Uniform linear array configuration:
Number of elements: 48
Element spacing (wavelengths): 1
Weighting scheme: exponential
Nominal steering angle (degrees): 30
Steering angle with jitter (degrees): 30.416
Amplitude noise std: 0.05
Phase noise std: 0.05

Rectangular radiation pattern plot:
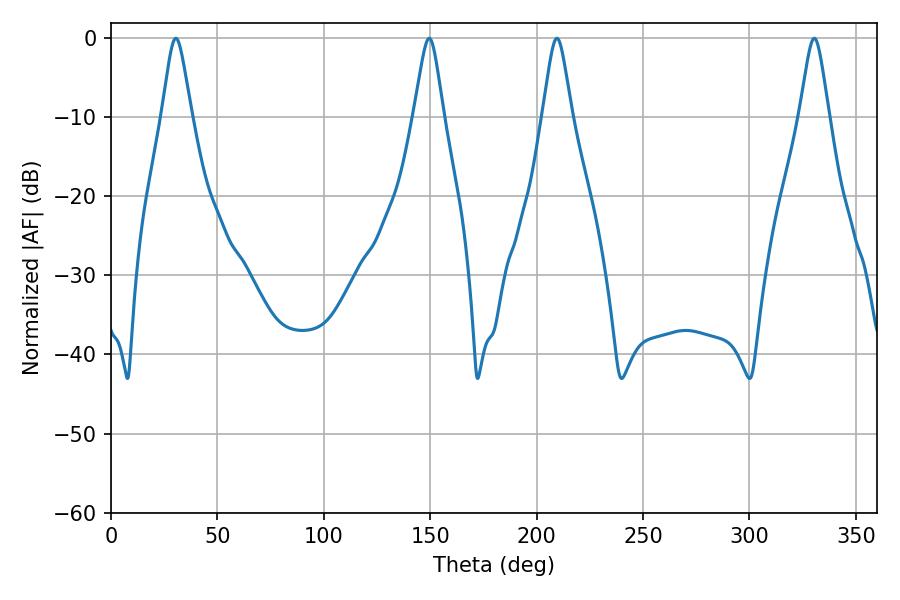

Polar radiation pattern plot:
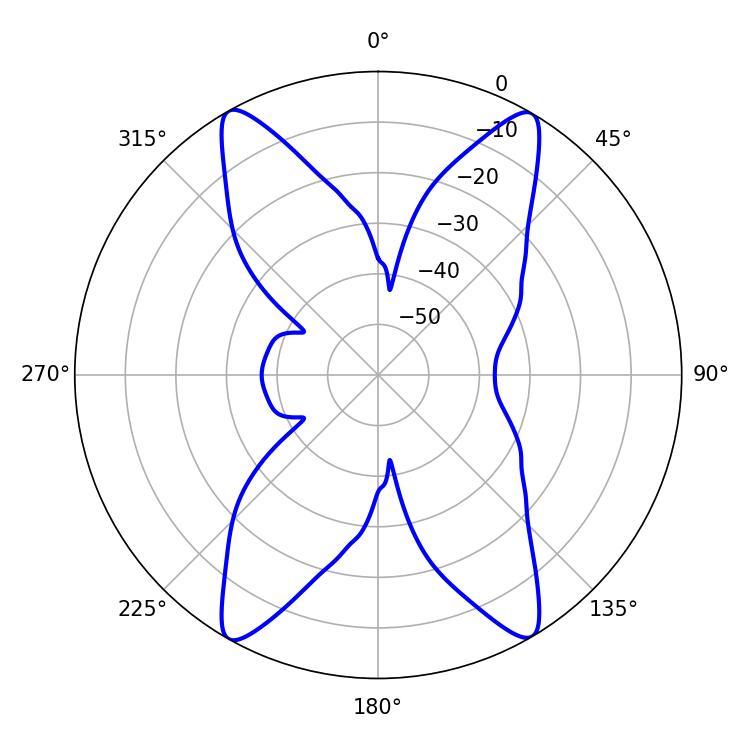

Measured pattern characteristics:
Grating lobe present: TRUE
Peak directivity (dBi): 24.576
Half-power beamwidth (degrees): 6.48
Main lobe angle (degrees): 330.48